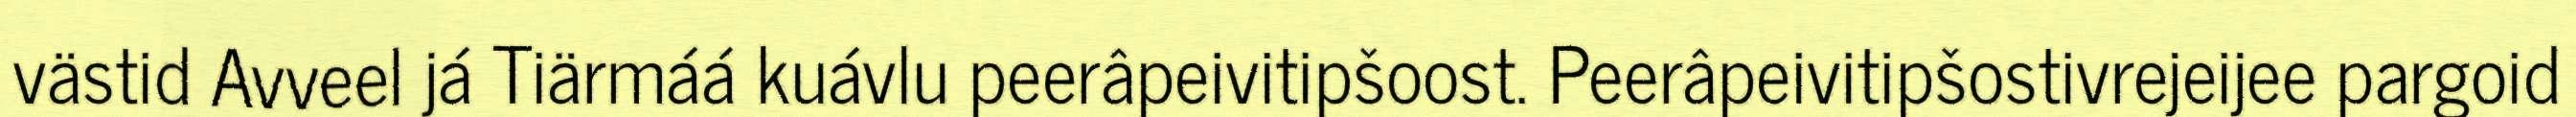
västid Avveel já Tiärmáá kuávlu peerâpeivitipšoost. Peerâpeivitipšostivrejeijee pargoid